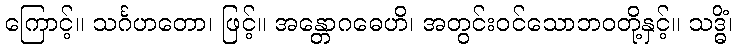
ကြောင့်။ သင်္ဂဟတော၊ ဖြင့်။ အန္တောဂဓေဟိ၊ အတွင်းဝင်သောဘဝတို့နှင့်။ သဒ္ဓိံ၊